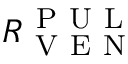
R _ { \mathrm { ~ V ~ E ~ N ~ } } ^ { \mathrm { ~ P ~ U ~ L ~ } }